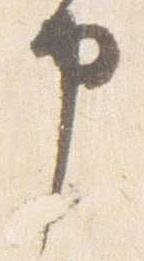
申